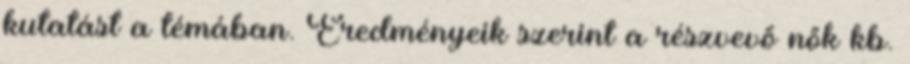
kutatást a témában. Eredményeik szerint a részvevő nők kb.